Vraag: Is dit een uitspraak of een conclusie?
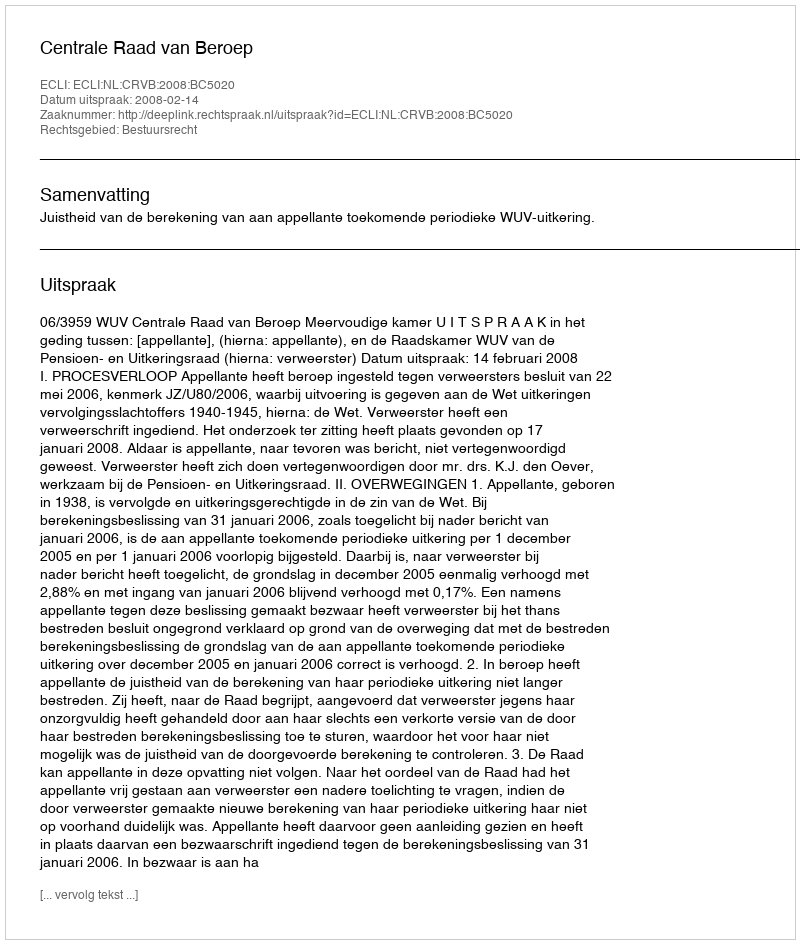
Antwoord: Uitspraak